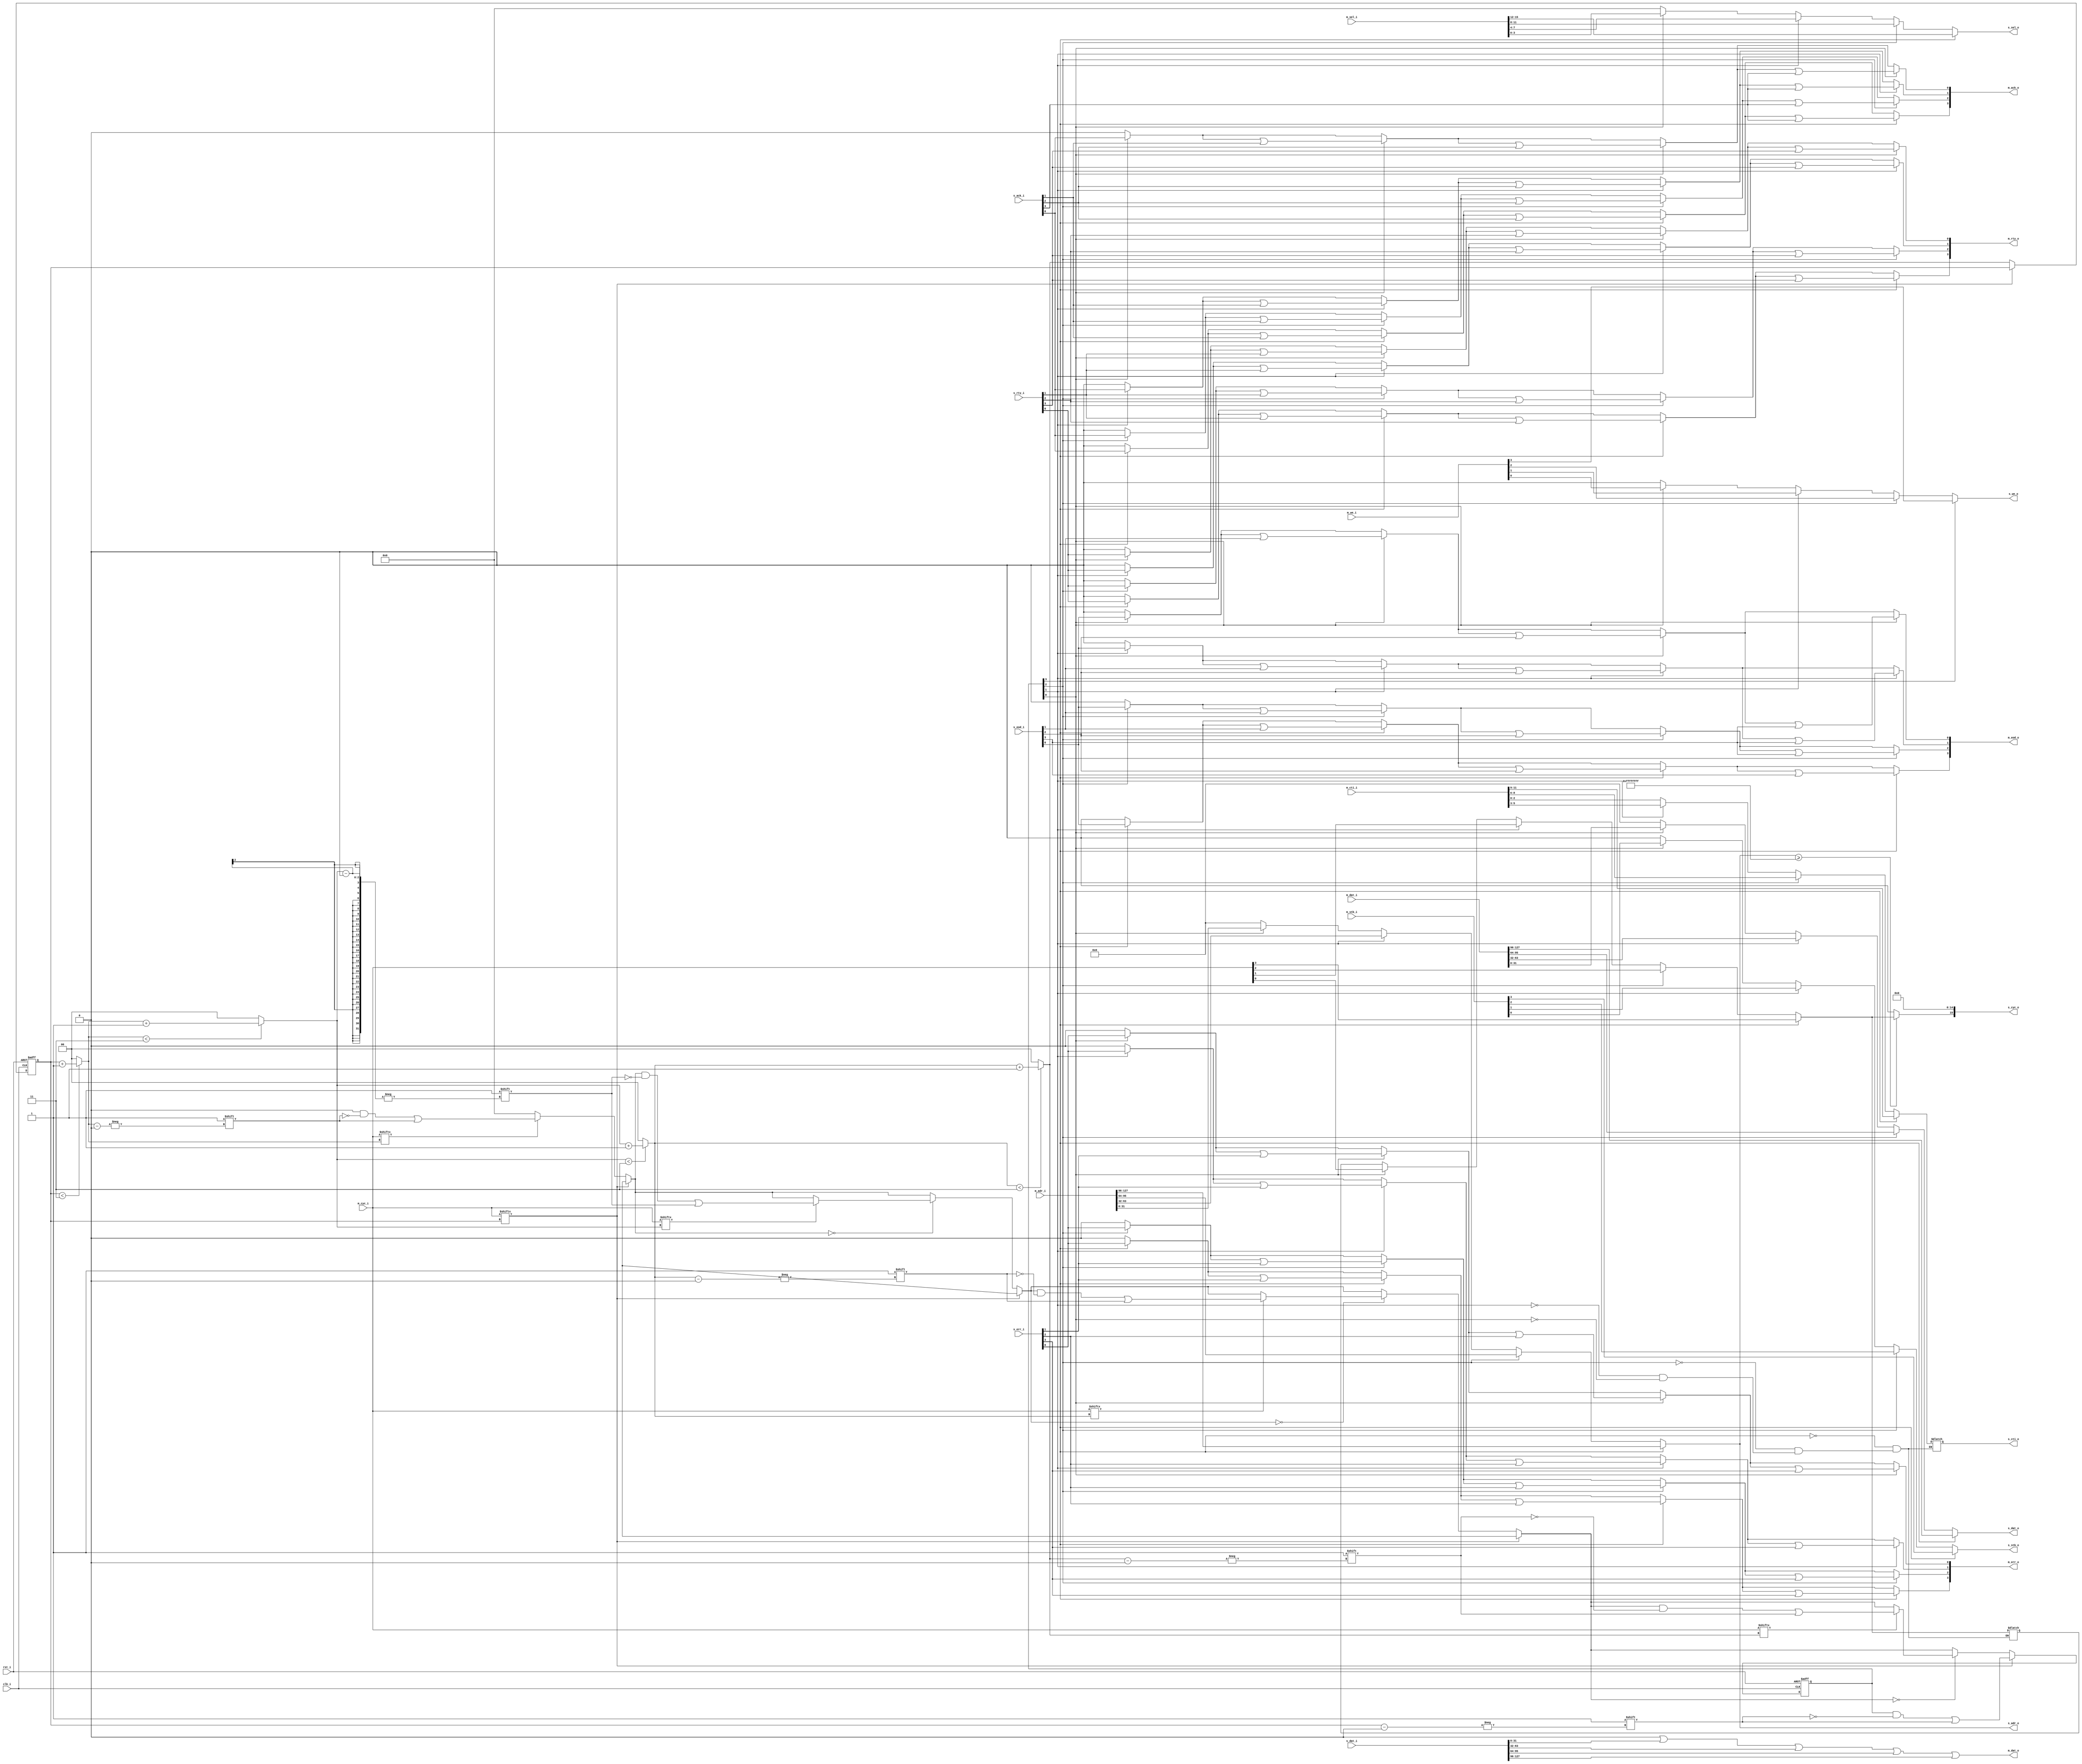

// wb_bus -- WISHBONE interconnect model with built-in arbiter

module wb_bus(
  clk_i, 
  rst_i,
  
  // Master Interfaces
  m_dat_i, 
  m_dat_o, 
  m_adr_i, 
  m_sel_i, 
  m_cti_i, 
  m_we_i, 
  m_cyc_i,
  m_stb_i, 
  m_ack_o, 
  m_err_o, 
  m_rty_o,
   m_eod_o,
  
  // Slave Interfaces
  s_dat_i, 
  s_dat_o, 
  s_adr_o, 
  s_sel_o, 
  s_cti_o, 
  s_we_o, 
  s_cyc_o,
  s_stb_o, 
  s_ack_i, 
  s_err_i, 
  s_rty_i, 
  s_eod_i
);

parameter DWIDTH   = 32;           // Data bus Width
parameter AWIDTH   = 32;           // Address bus Width
parameter NUM_MAST = 4;	           // number of masters
parameter NUM_SLAV = 4;	           // number of slaves
parameter SLAVADDR0 =  'hffffffff, // slave start addresses
          SLAVADDR1 =  'hffffffff,
          SLAVADDR2 =  'hffffffff,
          SLAVADDR3 =  'hffffffff,
          SLAVADDR4 =  'hffffffff,
          SLAVADDR5 =  'hffffffff,
          SLAVADDR6 =  'hffffffff,
          SLAVADDR7 =  'hffffffff,
          SLAVADDR8 =  'hffffffff,
          SLAVADDR9 =  'hffffffff,
          SLAVADDR10 = 'hffffffff,
          SLAVADDR11 = 'hffffffff,
          SLAVADDR12 = 'hffffffff,
          SLAVADDR13 = 'hffffffff,
          SLAVADDR14 = 'hffffffff,
          SLAVADDR15 = 'hffffffff;

localparam NUM_SEL  = DWIDTH/8;		// number of byte selects
localparam MWIDTH   = ((NUM_MAST-1)>>3)? 4 : 
                      ((NUM_MAST-1)>>2)? 3 : 
                      ((NUM_MAST-1)>>1)? 2 : 1;

  input	clk_i, rst_i;
  
  // Master Interfaces
  input       [NUM_MAST*DWIDTH-1:0]  m_dat_i;  // master to wishbone write data
  output reg  [DWIDTH-1:0]           m_dat_o;  // wishbone to masters read data
  input       [NUM_MAST*AWIDTH-1:0]  m_adr_i;  // master to wishbone address
  input       [NUM_MAST*NUM_SEL-1:0] m_sel_i;  // master to wishbone byte selects
  input       [NUM_MAST*3-1:0]       m_cti_i;  // master to wishbone cycle type indicator
  input       [NUM_MAST-1:0]         m_we_i;   // master to wishbone write enables
  input       [NUM_MAST-1:0]         m_cyc_i;  // master to wishbone cyc's
  input       [NUM_MAST-1:0]         m_stb_i;  // master to wishbone strobes
  output reg  [NUM_MAST-1:0]         m_eod_o;  // wishbone to master end-of-data
  output reg  [NUM_MAST-1:0]         m_ack_o;  // wishbone to master acknowledge
  output reg  [NUM_MAST-1:0]         m_err_o;  // wishbone to master error
  output reg  [NUM_MAST-1:0]         m_rty_o;  // wishbone to master retry
  
  // Slave Interfaces
  input	      [NUM_SLAV*DWIDTH-1:0]  s_dat_i;  // slave to wishbone read data
  output reg  [DWIDTH-1:0]           s_dat_o;  // wishbone to slaves write data
  output reg  [AWIDTH-1:0]           s_adr_o;  // wishbone to slaves address
  output reg  [NUM_SEL-1:0]          s_sel_o;  // wishbone to slaves byte selects
  output reg  [2:0]                  s_cti_o;  // wishbone to slaves cycle type indicator
  output reg  		             s_we_o;   // wishbone to slaves write enable
  output reg  [15:0]                 s_cyc_o;  // wishbone to slaves cyc
  output reg                         s_stb_o;  // wishbone to slaves strobe
  input       [NUM_SLAV-1:0]         s_eod_i;  // slave to wishbone end-of-data
  input       [NUM_SLAV-1:0]         s_ack_i;  // slave to wishbone acknowledge
  input       [NUM_SLAV-1:0]         s_err_i;  // slave to wishbone error flag
  input       [NUM_SLAV-1:0]         s_rty_i;  // slave to wishbone retry
  integer slavndx;                             // selected slave index
  
  // arbiter
  reg         [NUM_MAST-1:0]         gnt;      // grants from arbiter to masters
  reg         [MWIDTH-1:0]           gindex;   // index variable for round-robin
  
  reg                                scyc;     // internal slave cycle signal
  
  integer a,m,s;


 // arbiter
 always@( posedge clk_i or posedge rst_i ) begin
    if( rst_i ) begin
        gindex = 0;
        gnt    = 0;
    end
    else begin
        if( m_cyc_i[gindex] == 0 ) begin
            gnt = 0;
            for( a=0; a<NUM_MAST; a=a+1 ) begin
                gindex = (gindex < (NUM_MAST - 1))? gindex + 1 : 0 ;
                if( gnt == 0 ) begin
                    if( m_cyc_i[gindex] ) begin
                       gnt[gindex] = 1;
                    end
                end
            end
        end
        else begin
            gnt[gindex] = 1;
        end
    end
 end

 // logic
 always@* begin
  // driven by selected master -- only one master receives gnt
  s_dat_o = 0;
  s_adr_o = 0;
  s_sel_o = 0;
  s_we_o  = 0;
  s_cyc_o = 0;
  s_stb_o = 0;
  for( m=0; m<NUM_MAST; m=m+1 ) begin
     if( gnt[m] ) begin
         scyc    = m_cyc_i[m];
         s_stb_o = m_stb_i[m];
         s_sel_o = m_sel_i >> (m*NUM_SEL);
         s_cti_o = m_cti_i >> (m*3);
         s_we_o  = m_we_i[m];
         s_adr_o = m_adr_i >> (m*AWIDTH);
         s_dat_o = m_dat_i >> (m*DWIDTH);
     end
  end

  // slave address decoding
  if( s_adr_o >= SLAVADDR15 )
      s_cyc_o[15] = scyc;
  else if( s_adr_o >= SLAVADDR14 )
      s_cyc_o[14] = scyc;
  else if( s_adr_o >= SLAVADDR13 )
      s_cyc_o[13] = scyc;
  else if( s_adr_o >= SLAVADDR12 )
      s_cyc_o[12] = scyc;
  else if( s_adr_o >= SLAVADDR11 )
      s_cyc_o[11] = scyc;
  else if( s_adr_o >= SLAVADDR10 )
      s_cyc_o[10] = scyc;
  else if( s_adr_o >= SLAVADDR9 )
      s_cyc_o[9] = scyc;
  else if( s_adr_o >= SLAVADDR8 )
      s_cyc_o[8] = scyc;
  else if( s_adr_o >= SLAVADDR7 )
      s_cyc_o[7] = scyc;
  else if( s_adr_o >= SLAVADDR6 )
      s_cyc_o[6] = scyc;
  else if( s_adr_o >= SLAVADDR5 )
      s_cyc_o[5] = scyc;
  else if( s_adr_o >= SLAVADDR4 )
      s_cyc_o[4] = scyc;
  else if( s_adr_o >= SLAVADDR3 )
      s_cyc_o[3] = scyc;
  else if( s_adr_o >= SLAVADDR2 )
      s_cyc_o[2] = scyc;
  else if( s_adr_o >= SLAVADDR1 )
      s_cyc_o[1] = scyc;
  else if( s_adr_o >= SLAVADDR0 )
      s_cyc_o[0] = scyc;

  // driven by responding slave -- only one slave will respond
  m_dat_o = 0;
  m_ack_o  = 0;
  m_eod_o  = 0;
  m_err_o  = 0;
  m_rty_o  = 0;
  for( s=0; s<NUM_SLAV; s=s+1 ) begin
     m_dat_o  = m_dat_o | (s_dat_i >> (s*DWIDTH));
     for( m=0; m<NUM_MAST; m=m+1 ) begin
        if( gnt[m] ) begin
         m_ack_o[m]  = m_ack_o[m] | s_ack_i[s];
         m_eod_o[m]  = m_eod_o[m] | s_eod_i[s];
         m_err_o[m]  = m_err_o[m] | s_err_i[s];
         m_rty_o[m]  = m_rty_o[m] | s_rty_i[s];
        end
     end
  end
   
 end

endmodule